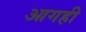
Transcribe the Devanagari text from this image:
आगही